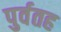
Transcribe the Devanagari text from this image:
पुर्वतह